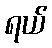
ရယ်